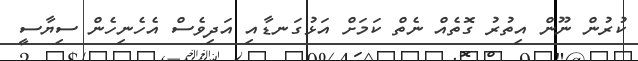
ކުރުން ނޫން އިތުރު ގޮތެއް ނެތް ކަމަށް އަޅުގަނޑާއި އަދިވެސް އެހެނިހެން ސިޔާސީ